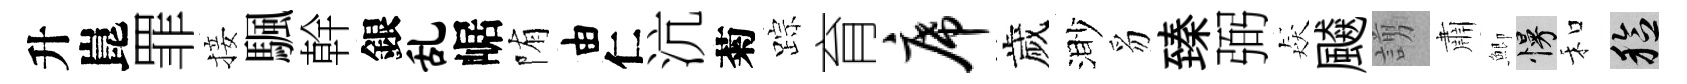
升崑罪接颿幹銀乱崌陏由仁沆菊踪育席歲渺豸臻弼猋飇謭肅鯽慢和稔